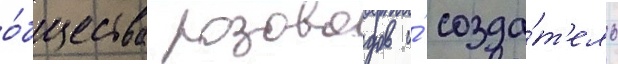
о́бщества розоводов и́ созда́т'ель